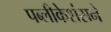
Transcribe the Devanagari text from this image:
पब्लीकेशंसने